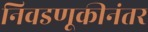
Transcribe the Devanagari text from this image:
निवडणूकीनंतर